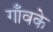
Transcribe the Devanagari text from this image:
गाँवके